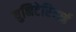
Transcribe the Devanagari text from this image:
युनिटेरियाई